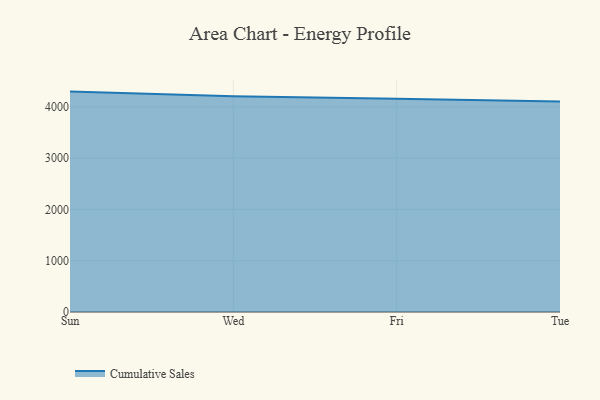
{"axis": {"x": "Day", "y": "Active Users"}, "legend": ["Cumulative Sales"], "data": [{"x": "Sun", "y": 4297.6, "type": "Cumulative Sales"}, {"x": "Wed", "y": 4207.0, "type": "Cumulative Sales"}, {"x": "Fri", "y": 4157.7, "type": "Cumulative Sales"}, {"x": "Tue", "y": 4103.5, "type": "Cumulative Sales"}]}